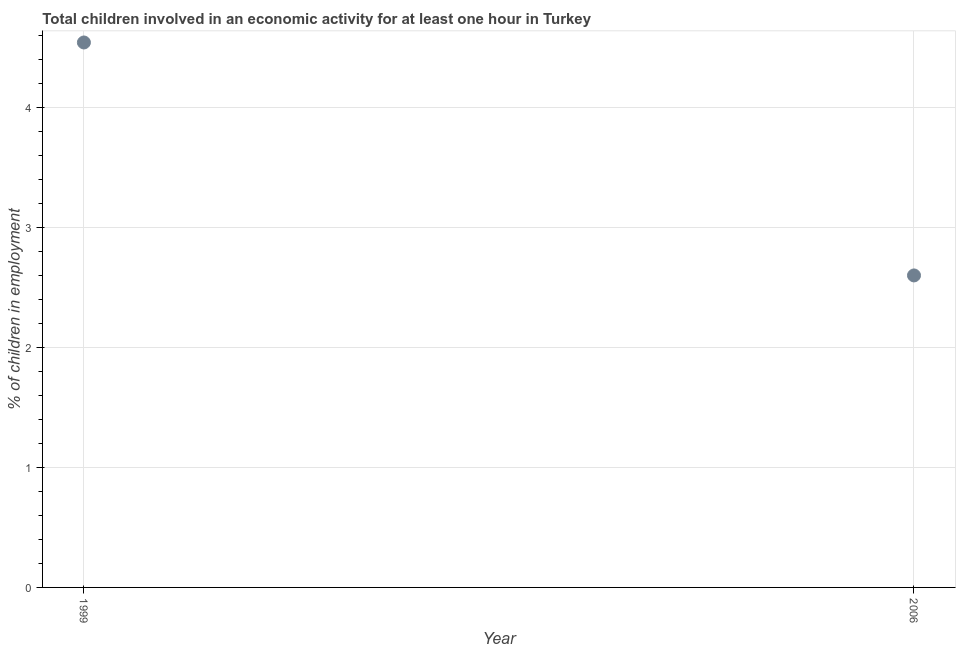
| Year | Children in employment |
 | --- | --- |
 | 1999 | 4.54 |
 | 2006 | 2.6 |